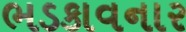
ભડકાવનાર